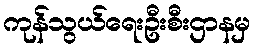
ကုန်သွယ်ရေးဦးစီးဌာနမှ